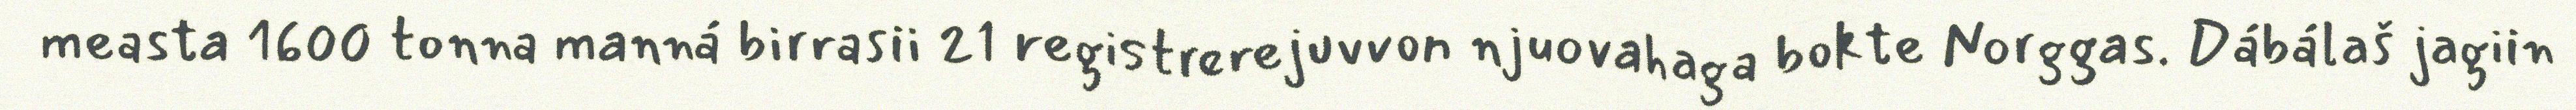
measta 1600 tonna manná birrasii 21 registrerejuvvon njuovahaga bokte Norggas. Dábálaš jagiin